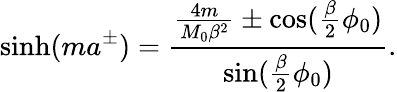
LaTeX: \sinh(ma^{\pm})=\frac{\frac{4m}{M_{0}\beta^{2}}\pm\cos(\frac{\beta}{2}\phi_{0})}{\sin(\frac{\beta}{2}\phi_{0})}.